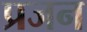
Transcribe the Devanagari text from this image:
प्रजन